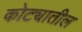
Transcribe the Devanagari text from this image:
कोट्यातील